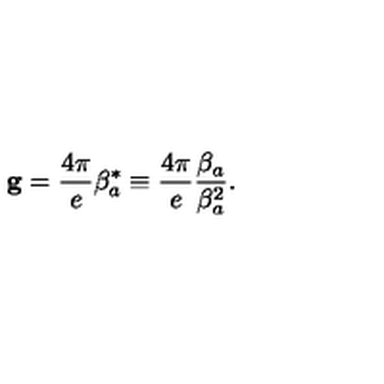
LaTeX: { \bf g } = \frac { 4 \pi } { e } \mathrm { \boldmath \beta } _ { a } ^ { * } \equiv \frac { 4 \pi } { e } \frac { \mathrm { \boldmath \beta } _ { a } } { \mathrm { \boldmath \beta } _ { a } ^ { 2 } } .